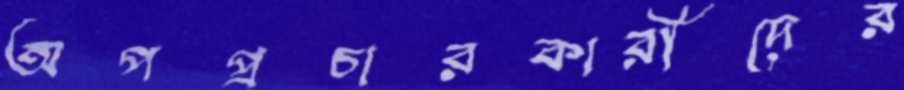
অপপ্রচারকারীদের